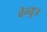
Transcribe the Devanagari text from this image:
वेन्यूज